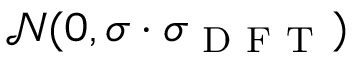
\mathcal { N } ( 0 , \sigma \cdot \sigma _ { \mathrm { ~ D ~ F ~ T ~ } } )